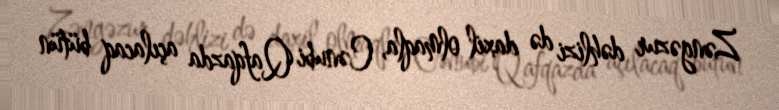
Zəngəzur dəhlizi də daxil olmaqla, Cənubi Qafqazda açılacaq bütün